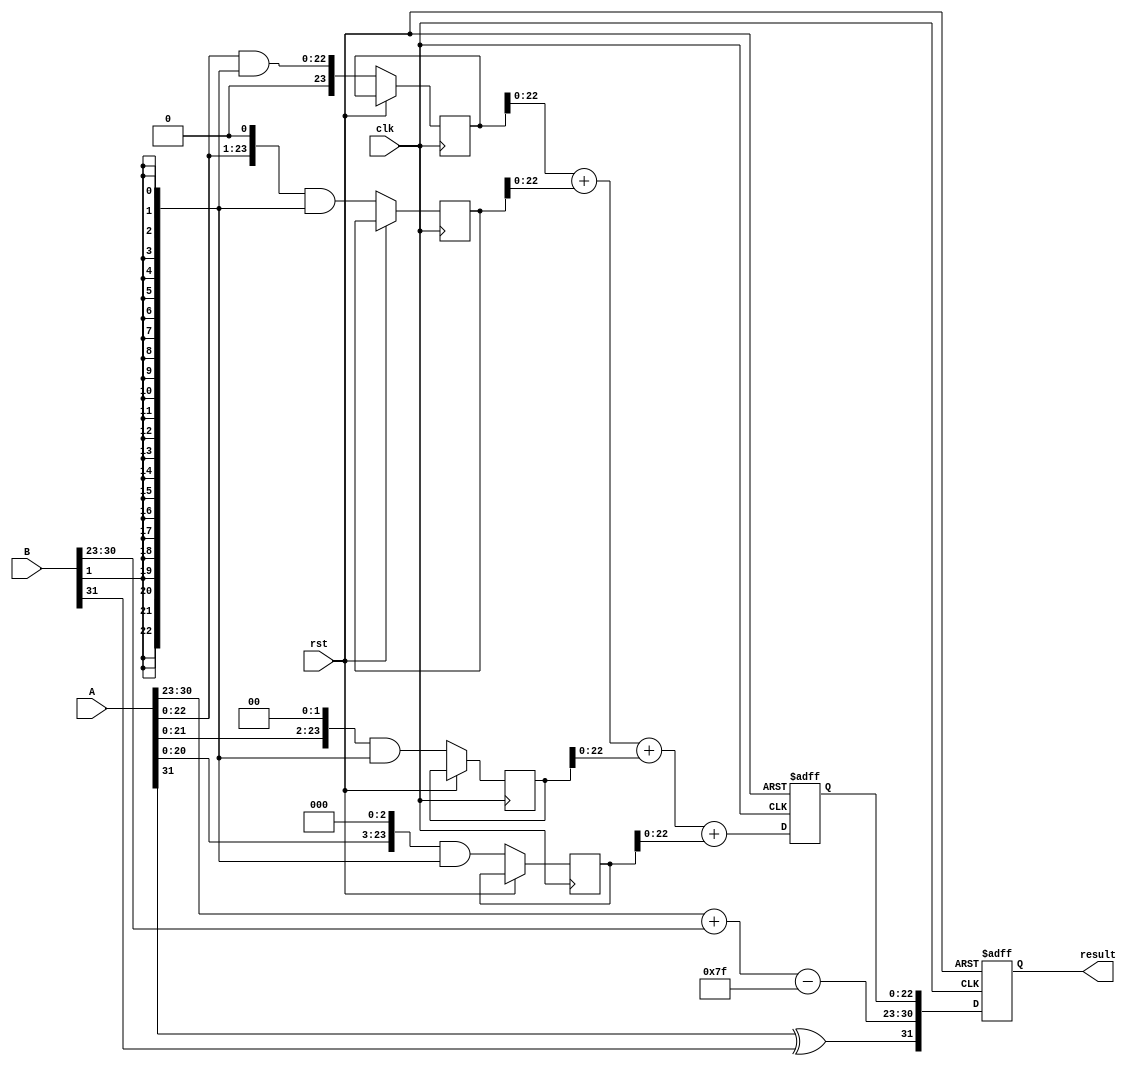
module radix4_fp_multiplier #(
    parameter E = 8, // exponent bits
    parameter M = 23, // mantissa bits
    parameter BIAS = 127 // bias for single precision
)(
    input clk,
    input rst,
    input [E + M : 0] A, // A = sign + exponent + mantissa
    input [E + M : 0] B, // B = sign + exponent + mantissa
    output reg [E + M : 0] result // result = sign + exponent + mantissa
);

    // Intermediate signals
    wire sign_A = A[E + M]; // Sign bit of A
    wire sign_B = B[E + M]; // Sign bit of B
    wire [E-1:0] exponent_A = A[E + M - 1 : M]; // Exponent of A
    wire [E-1:0] exponent_B = B[E + M - 1 : M]; // Exponent of B
    wire [M-1:0] mantissa_A = A[M - 1 : 0]; // Mantissa of A
    wire [M-1:0] mantissa_B = B[M - 1 : 0]; // Mantissa of B

    wire sign_result;
    wire [E-1:0] exponent_result;
    reg [2*M:0] mantissa_result; // Temporary register for mantissa result

    // Sign Calculation
    assign sign_result = sign_A ^ sign_B;

    // Exponent Calculation
    wire [E:0] exponent_sum = {1'b0, exponent_A} + {1'b0, exponent_B} - BIAS;
    assign exponent_result = exponent_sum[E-1:0];

    // Mantissa Calculation using Radix-4 multiplication
    reg [M:0] partial_product[0:3]; // Partial products array

    always @(posedge clk or posedge rst) begin
        if (rst) begin
            result <= 0;
            mantissa_result <= 0;
        end else begin
            // Initialize partial products based on the radix-4 booth encoding
            // Here we are processing two bits of the multiplier at a time (mantissa_B)
            partial_product[0] <= (mantissa_A & {M{mantissa_B[1]}}); // For multiplier bit 1
            partial_product[1] <= (mantissa_A << 1) & {M{mantissa_B[1]}};
            partial_product[2] <= (mantissa_A << 2) & {M{mantissa_B[1]}};
            partial_product[3] <= (mantissa_A << 3) & {M{mantissa_B[1]}};

            // Sum the partial products to form the mantissa result
            mantissa_result <= partial_product[0] + partial_product[1] + partial_product[2] + partial_product[3];

            // Normalization and rounding will be handled in a later stage
            // Final result assembly
            result <= {sign_result, exponent_result, mantissa_result[M-1:0]};
        end
    end

endmodule